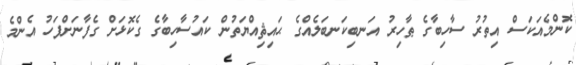
ކޮންމެއަކަސް އިތުރު ސާހިބާގެ ޠާހިރު އަނބިކަނބަލެއްގެ ޙައިޘިއްޔަތުން ކައުސާހިބާގެ ގެކޮޅަށް ގެފާނަށްފަހު އެންމެ